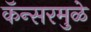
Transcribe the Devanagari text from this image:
कॅन्सरमुळे